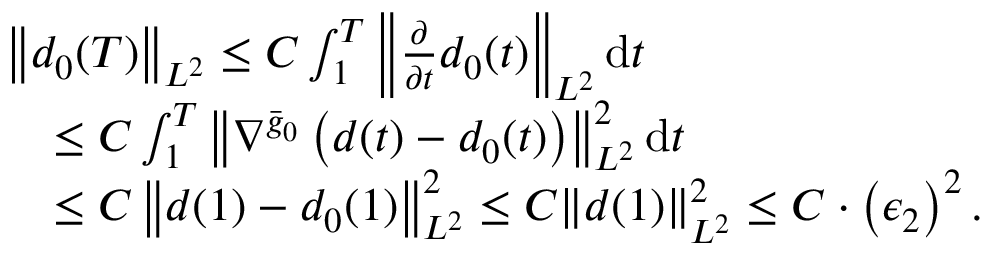
\begin{array} { r l } & { \left\| d _ { 0 } ( T ) \right\| _ { L ^ { 2 } } \leq C \int _ { 1 } ^ { T } \left\| \frac { \partial } { \partial t } d _ { 0 } ( t ) \right\| _ { L ^ { 2 } } \mathrm { d } t } \\ & { \quad \leq C \int _ { 1 } ^ { T } \left\| \nabla ^ { \bar { g } _ { 0 } } \left( d ( t ) - d _ { 0 } ( t ) \right) \right\| _ { L ^ { 2 } } ^ { 2 } \mathrm { d } t } \\ & { \quad \leq C \left\| d ( 1 ) - d _ { 0 } ( 1 ) \right\| _ { L ^ { 2 } } ^ { 2 } \leq C \| d ( 1 ) \| _ { L ^ { 2 } } ^ { 2 } \leq C \cdot \left( \epsilon _ { 2 } \right) ^ { 2 } . } \end{array}